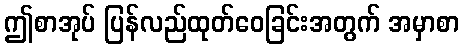
ဤစာအုပ် ပြန်လည်ထုတ်ဝေခြင်းအတွက် အမှာစာ